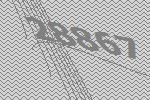
28867